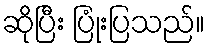
ဆိုပြီး ပြုံးပြသည်။